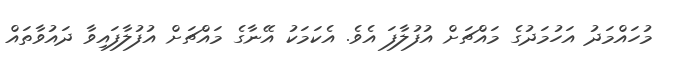
މުހައްމަދު އަހުމަދުގެ މައްޗަށް އުފުލާފަ އެވެ. އެކަމަކު އޭނާގެ މައްޗަށް އުފުލާފައިވާ ދައުވާތައް